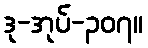
ဒု-အုပ်-၃၀၇။